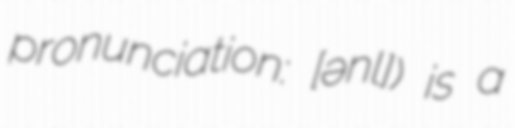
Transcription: pronunciation: ​[ʒənɛlɛ]) is a